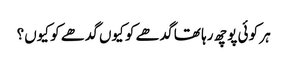
ہر کو ئی پوچھ رہا تھا گدھے کو کیوں گدھے کو کیوں؟